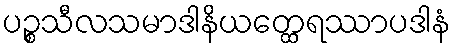
ပဉ္စသီလသမာဒါနိယတ္ထေရဿာပဒါနံ